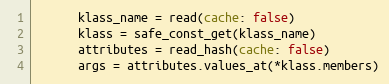
Language: Ruby
      klass_name = read(cache: false)
      klass = safe_const_get(klass_name)
      attributes = read_hash(cache: false)
      args = attributes.values_at(*klass.members)